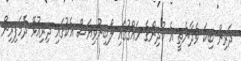
ދަރިން ބިކަ ވެދާނެތީ އެ ކުދިންގެ ހައްގުގައި ލޯބިނުވިޔަސް އެކުގައި ދިރިއުޅޭ ދެމަފިރިން